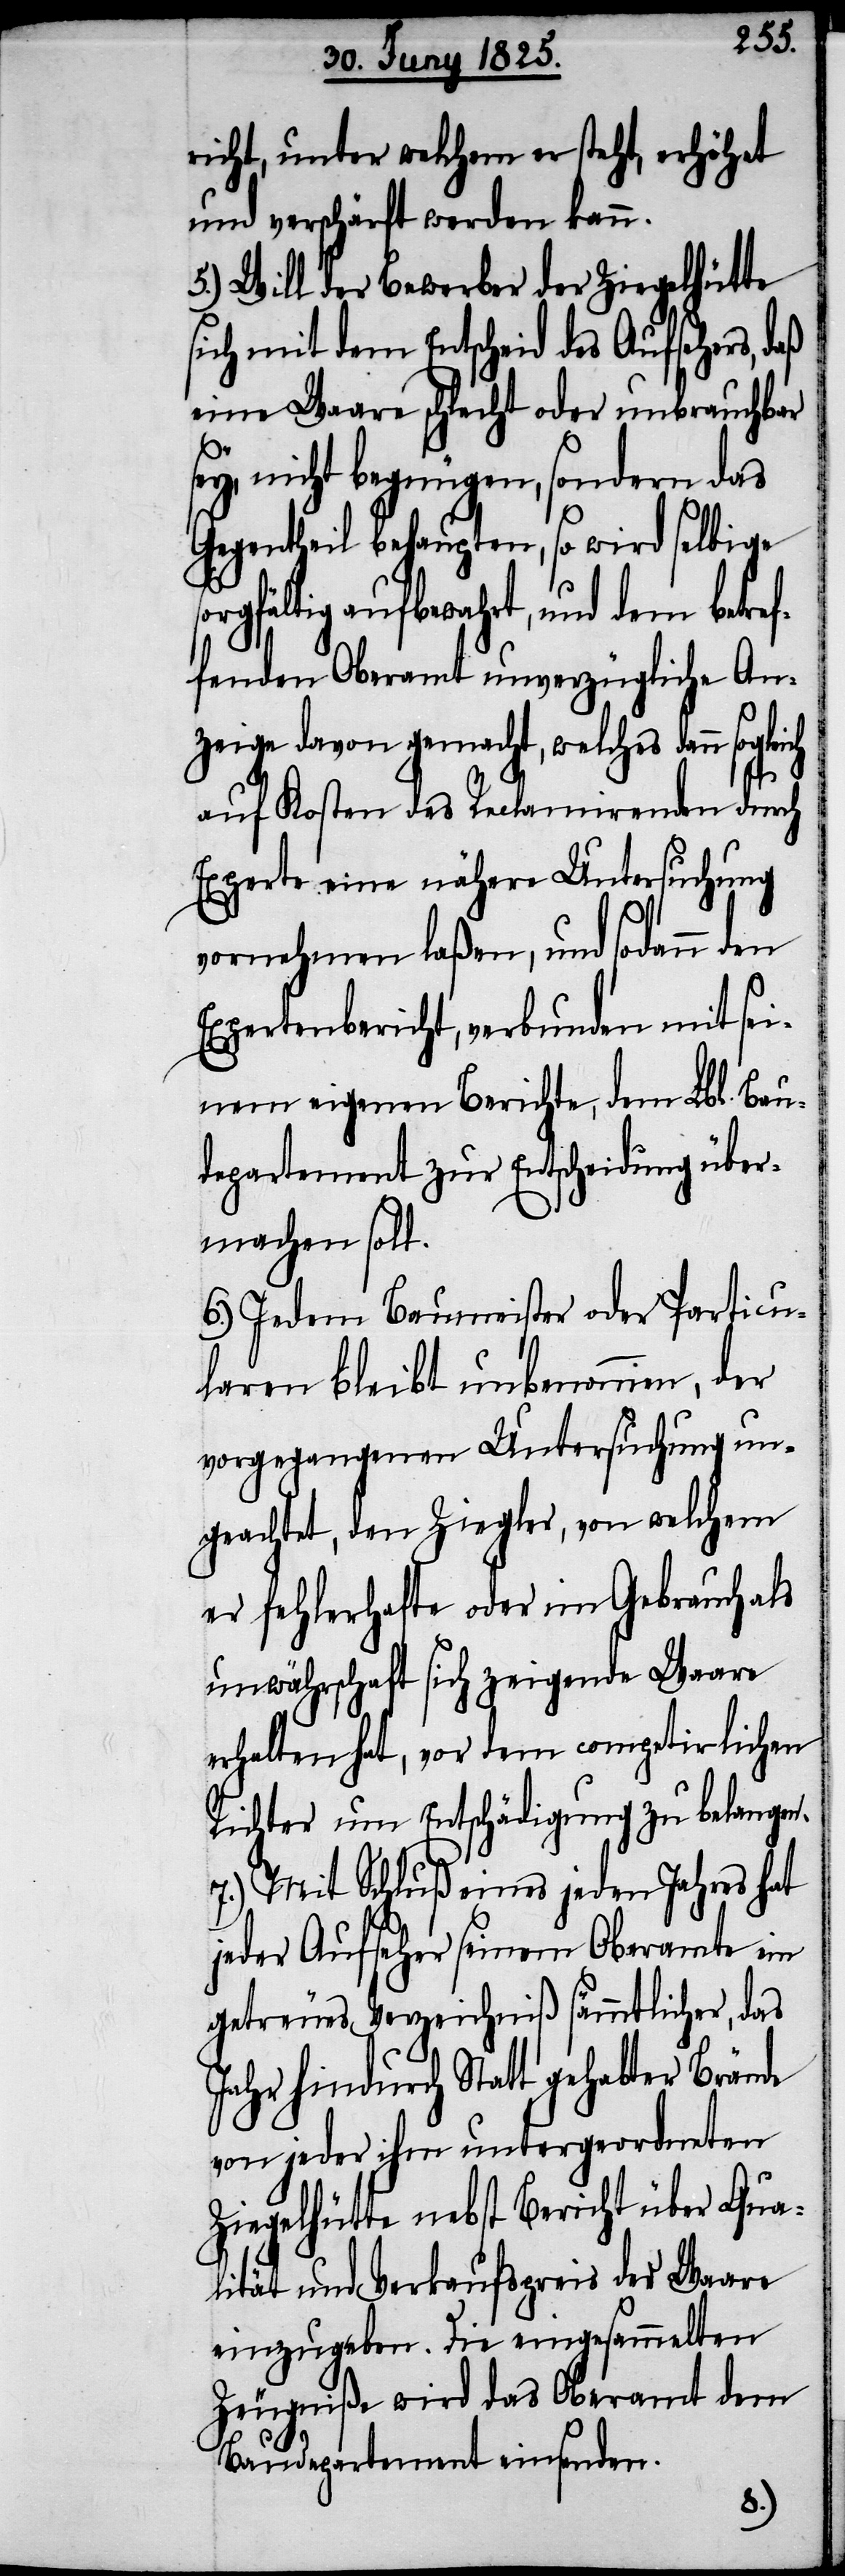
leich
richt, unter welchem er steht, erhöhet
und verschärft werden kann.
5.) Will der Bewerber der Ziegelhütte
sich mit dem Entscheid des Aufsehers, daß
eine Waare schlecht oder unbrauchbar
ey, nicht begnügen, sondern das
Gegentheil behaupten, so wird selbige
orgfältig aufbewahrt, und dem betref¬
fenden Oberamt unverzüglich An¬
zeige davon gemacht, welches dann sog¬
auf Kosten des Reclamirenden durch
Experte eine nähere Untersuchung
vornehmen laßen, und sodann den
Expertenbericht, verbunden mit sei¬
nem eigenen Berichte, dem Lbl. Bau¬
departement zur Entscheidung über¬
machen soll.
6.) Jedem Baumeister oder Particu¬
laren bleibt unbenommen, der
vorgegangenen Untersuchung un¬
geachtet, den Ziegler, von welchem
er fehlerhafte oder im Gebrauch als
unwährschaft sich zeigende Waare
erhalten hat, vor dem competirlichen
Richter um Entschädigung zu belangen.
7.) Mit Schluß eines jeden Jahres hat
jeder Aufseher seinem Oberamte ein
getreues Verzeichniß sämmtlicher, das
Jahr hindurch Statt gehabter Brände
von jeder ihm untergeordneten
Ziegelhütte nebst Bericht über Qua¬
lität und Verkaufspreis der Waare
einzugeben. Die eingesammelten
Zeugniße wird das Oberamt dem
Baudepartement einsenden.
s¬